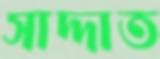
সাদ্দাত